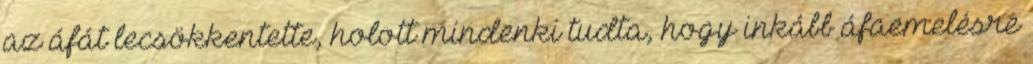
az áfát lecsökkentette, holott mindenki tudta, hogy inkább áfaemelésre